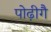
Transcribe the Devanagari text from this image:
पोढ़ीगै